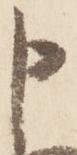
申